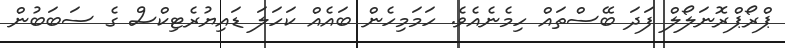
ޕްރޯޕްރޮނަލޯލް ފަދަ ބޭސްތައް ހިމެނެއެވެ. ހަމަމިހެން ބައެއް ކަހަލަ ޑައިޔުރެޓިކްސް ގެ ސަބަބުން